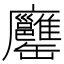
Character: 𦉨